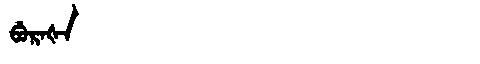
Manchu: ᠪᡠᡵᠠᡧᠠ
Romanization: BURAŠA